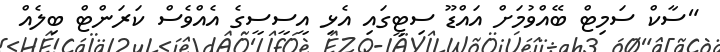
"ސާކް ސަމިޓް ބޭއްވުމަށް އައްޑޫ ސިޓީގައި އެޅި އީސީސީގެ އެއްވެސް ކަރަންޓް ބިލެއް